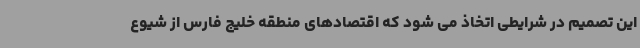
این تصمیم در شرایطی اتخاذ می شود که اقتصادهای منطقه خلیج فارس از شیوع